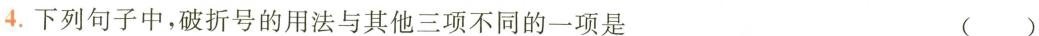
4.下列句子中，破折号的用法与其他三项不同的一项是 ( )